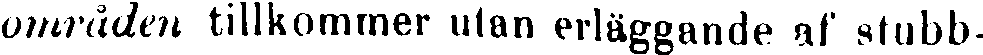
områden tillkommer ulan erläggande af stubb-